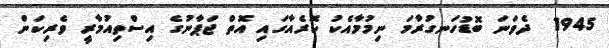
1945  ދެވަނަ ބޮޑުހަނގުރާމަ ނިމުމާއެކު ކޮރެއާގައި އޮތް ޖަޕާނުގެ އިސްތިއުމާރީ ވެރިކަން